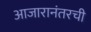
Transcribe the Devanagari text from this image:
आजारानंतरची